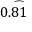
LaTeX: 0 . { \overset { \frown } { 8 1 } }